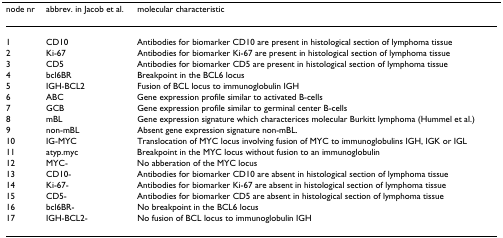
<table><thead><tr><td><b>node nr</b></td><td><b>abbrev. in Jacob <i>et al</i>.</b></td><td><b>molecular characteristic</b></td></tr></thead><tbody><tr><td>1</td><td>CD10</td><td>Antibodies for biomarker CD10 are present in histological section of lymphoma tissue</td></tr><tr><td>2</td><td>Ki-67</td><td>Antibodies for biomarker Ki-67 are present in histological section of lymphoma tissue</td></tr><tr><td>3</td><td>CD5</td><td>Antibodies for biomarker CD5 are present in histological section of lymphoma tissue</td></tr><tr><td>4</td><td>bcl6BR</td><td>Breakpoint in the BCL6 locus</td></tr><tr><td>5</td><td>IGH-BCL2</td><td>Fusion of BCL locus to immunoglobulin IGH</td></tr><tr><td>6</td><td>ABC</td><td>Gene expression profile similar to activated B-cells</td></tr><tr><td>7</td><td>GCB</td><td>Gene expression profile similar to germinal center B-cells</td></tr><tr><td>8</td><td>mBL</td><td>Gene expression signature which characterices molecular Burkitt lymphoma (Hummel <i>et al</i>.)</td></tr><tr><td>9</td><td>non-mBL</td><td>Absent gene expression signature non-mBL.</td></tr><tr><td>10</td><td>IG-MYC</td><td>Translocation of MYC locus involving fusion of MYC to immunoglobulins IGH, IGK or IGL</td></tr><tr><td>11</td><td>atyp.myc</td><td>Breakpoint in the MYC locus without fusion to an immunoglobulin</td></tr><tr><td>12</td><td>MYC-</td><td>No abberation of the MYC locus</td></tr><tr><td>13</td><td>CD10-</td><td>Antibodies for biomarker CD10 are absent in histological section of lymphoma tissue</td></tr><tr><td>14</td><td>Ki-67-</td><td>Antibodies for biomarker Ki-67 are absent in histological section of lymphoma tissue</td></tr><tr><td>15</td><td>CD5-</td><td>Antibodies for biomarker CD5 are absent in histological section of lymphoma tissue</td></tr><tr><td>16</td><td>bcl6BR-</td><td>No breakpoint in the BCL6 locus</td></tr><tr><td>17</td><td>IGH-BCL2-</td><td>No fusion of BCL locus to immunoglobulin IGH</td></tr></tbody></table>